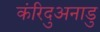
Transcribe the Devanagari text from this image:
कंरिदुअनाडु